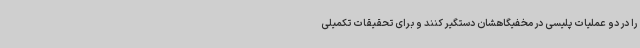
را در دو عملیات پلیسی در مخفیگاهشان دستگیر کنند و برای تحقیقات تکمیلی